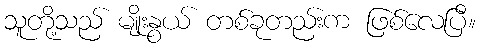
သူတို့သည် မျိုးနွယ် တစ်ခုတည်းက ဖြစ်လေပြီ။